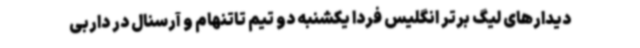
دیدارهای لیگ برتر انگلیس فردا یکشنبه دو تیم تاتنهام و آرسنال در داربی